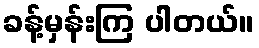
ခန့်မှန်းကြ ပါတယ်။